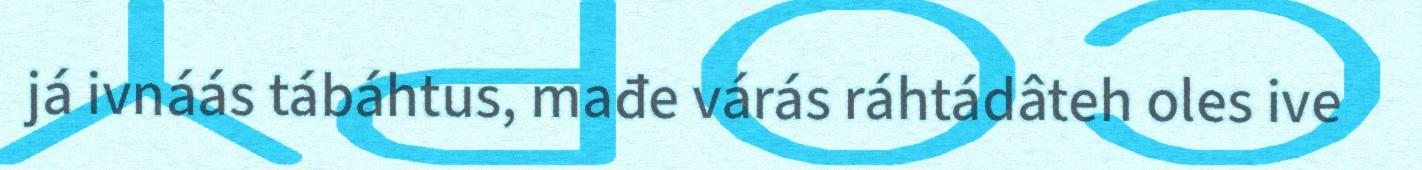
já ivnáás tábáhtus, mađe várás ráhtádâteh oles ive